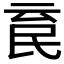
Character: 𣱉